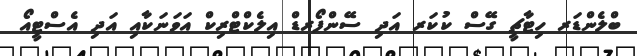
ބްލެންޑަރ ހިޓާޗީ ގޭސް ކުކަރ އަދި ސޭންފޯރޑް އިލެކްޓްރިކް އަވަނަކާއި އަދި އެސްޓީއޯ